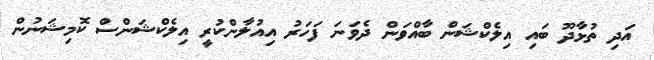
އަދި ތުޅާދޫ ބައި އިލެކްޝަން ބާއްވަން ދެވަނަ ފަހަރު އިއުލާންކުރީ އިލެކްޝަންސް ކޮމިޝަނުން